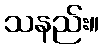
သနည်း။